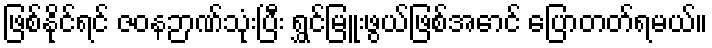
ဖြစ်နိုင်ရင် ဇဝနဉာဏ်သုံးပြီး ရွှင်မြူးဖွယ်ဖြစ်အောင် ပြောတတ်ရမယ်။